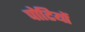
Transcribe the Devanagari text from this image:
पोटियों